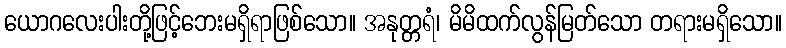
ယောဂလေးပါးတို့ဖြင့်ဘေးမရှိရာဖြစ်သော။ အနုတ္တရံ၊ မိမိထက်လွန်မြတ်သော တရားမရှိသော။